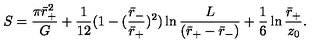
S = { \frac { \pi \bar { r } _ { + } ^ { 2 } } { G } } + { \frac { 1 } { 1 2 } } ( 1 - ( { \frac { \bar { r } _ { - } } { \bar { r } _ { + } } } ) ^ { 2 } ) \ln { \frac { L } { ( \bar { r } _ { + } - \bar { r } _ { - } ) } } + { \frac { 1 } { 6 } } \ln { \frac { \bar { r } _ { + } } { z _ { 0 } } } .